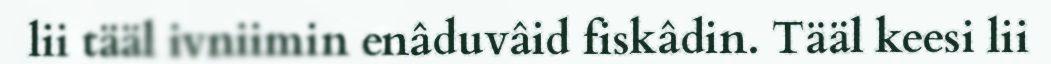
lii tääl ivniimin enâduvâid fiskâdin. Tääl keesi lii